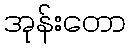
အုန်းတော